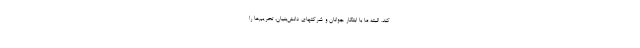
کند. البته ما با ابتکار جوانان و شرکتهای دانش‌بنیان، تحریم‌ها را